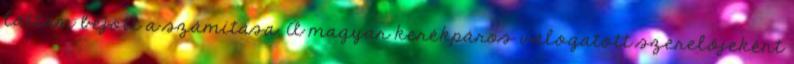
láttam bejött a számítása. A magyar kerékpáros válogatott szerelőjeként